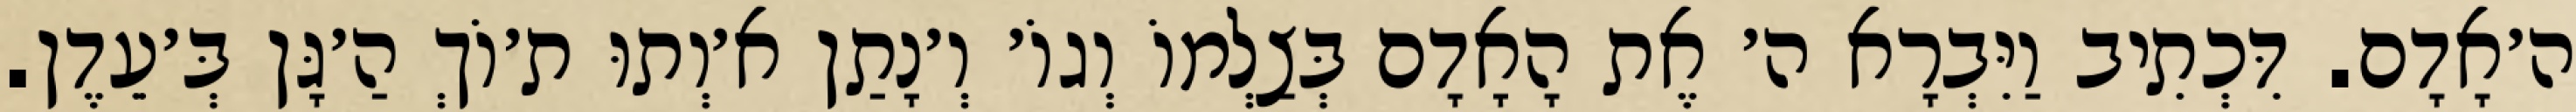
ה׳אָדָם. דִּכְתִיב וַיִּבְרָא ה׳ אֶת הָאָדָם בְּצַלְמוֹ וְגוֹ׳ וְ׳נָתַן א׳וְתוּ ת׳וֹךְ הַ׳גָּן בְּ׳עֵדֶן.